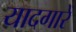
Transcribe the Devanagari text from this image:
यादगारें